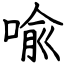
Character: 喩